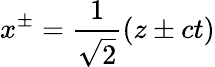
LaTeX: x^{\pm}={\frac{1}{\sqrt{2}}}(z\pm ct)